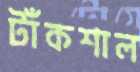
টাঁকশাল